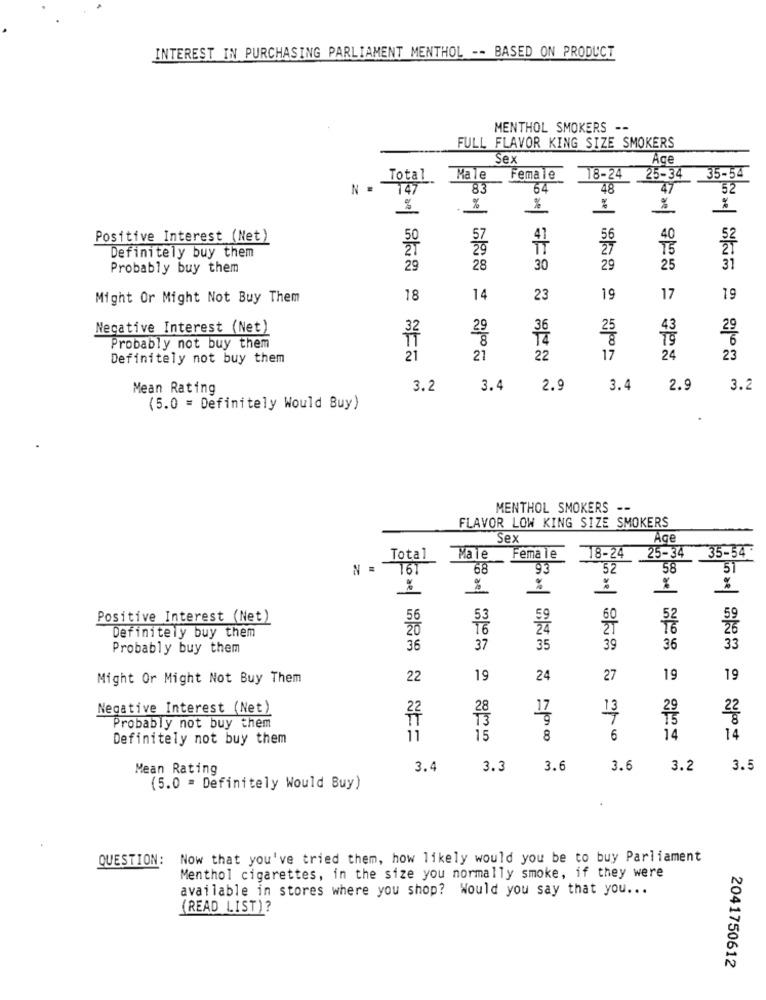
INTEREST IN PURCHASING PARLIAMENT MENTHOL -- BASED ON PRODUCT
MENTHOL SMOKERS --
FULL FLAVOR KING SIZE SMOKERS
Sex
Age
25-34
35-54
Total
Male
Female
18-24
N .
147
83
64
48
47
52
%
-
%
ae
Positive Interest (Net)
50
57
56
40
27
T5
Definitely buy them
Probably buy them
29
28
30
29
25
31
Might Or Might Not Buy Them
18
14
23
19
17
19
Necative Interest (Net)
36
Probably not buy them
Definitely not buy them
21
21
22
17
24
23
Mean Rating
3.2
3.4
2.9
3.4
2.9
3.2
(5.0 = Definitely Would Buy)
MENTHOL SMOKERS --
FLAVOR LOW KING SIZE SMOKERS
Sex
Age
18-24
25-34
35-54
Total
Male
Female
161
68
93
52
58
51
%
%
%
%
%
Positive Interest (Net)
59
26
Definitely buy them
Probably buy them
36
37
35
39
36
33
Might Or Might Not Buy Them
22
19
24
27
19
19
Negative Interest (Net)
13
Probably not buy them
Definitely not buy them
11
15
8
110.00
6
14
14
22/00 =
Mean Rating
3.4
3.3
3.6
3.6
3.2
3.5
(5.0 = Definitely Would Buy)
QUESTION:
Now that you've tried them, how likely would you be to buy Parliament
Menthol cigarettes, in the size you normally smoke, if they were
available in stores where you shop? Would you say that you ...
(READ LIST)?
2041750612